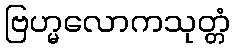
ဗြဟ္မလောကသုတ္တံ